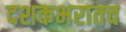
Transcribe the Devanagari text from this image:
दशकभरातच